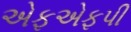
એફએફપી